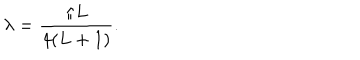
\lambda = \frac { \pi L } { 4 ( L + 1 ) } .